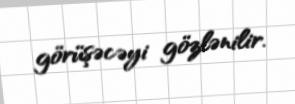
görüşəcəyi gözlənilir.